Source: Handwritten
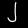
Digit: ၂ (2)